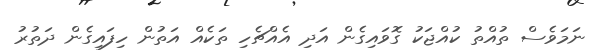
ނަމަވެސް ތުއްތު ކުއްޖަކު ގޮވައިގެން އަދި އެއްޗެހި ތަކެއް އަތުން ހިފައިގެން ދަތުރު